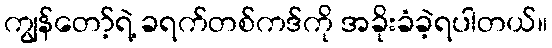
ကျွန်တော့်ရဲ့ ခရက်တစ်ကဒ်ကို အခိုးခံခဲ့ရပါတယ်။